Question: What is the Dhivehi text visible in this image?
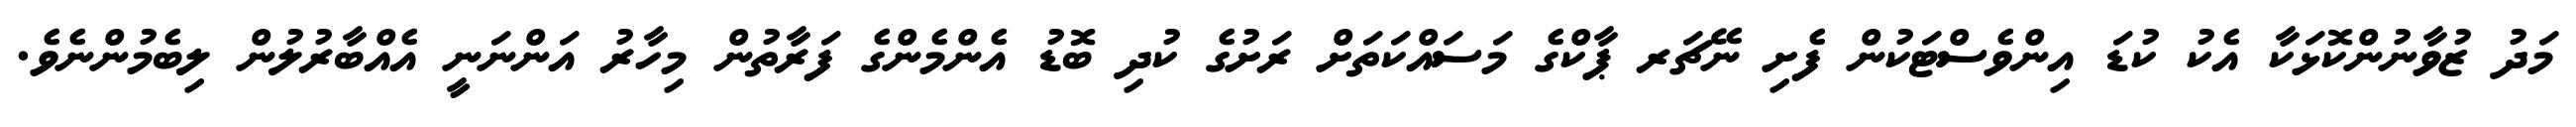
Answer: މަދު ޒުވާނުންކޮޅަކާ އެކު ކުޑަ އިންވެސްޓަކުން ފެށި ނޭޗަރ ޕާކްގެ މަސައްކަތަށް ރަށުގެ ކުދި ބޮޑު އެންމެންގެ ފަރާތުން މިހާރު އަންނަނީ އެއްބާރުލުން ލިބެމުންނެވެ.